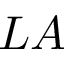
L A